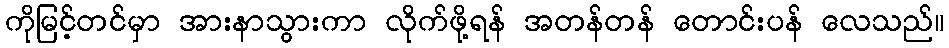
ကိုမြင့်တင်မှာ အားနာသွားကာ လိုက်ဖို့ရန် အတန်တန် တောင်းပန် လေသည်။